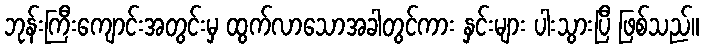
ဘုန်းကြီးကျောင်းအတွင်းမှ ထွက်လာသောအခါတွင်ကား နှင်းများ ပါးသွားပြီ ဖြစ်သည်။